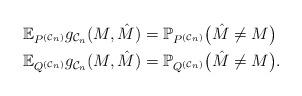
LaTeX: \begin{align*}\mathbb{E}_{P^{(\mathcal{C}_n)}}g_{\mathcal{C}_n}(M,\hat{M})&=\mathbb{P}_{P^{(\mathcal{C}_n)}}\big(\hat{M}\neq M\big)\\\mathbb{E}_{Q^{(\mathcal{C}_n)}}g_{\mathcal{C}_n}(M,\hat{M})&=\mathbb{P}_{Q^{(\mathcal{C}_n)}}\big(\hat{M}\neq M\big).\end{align*}